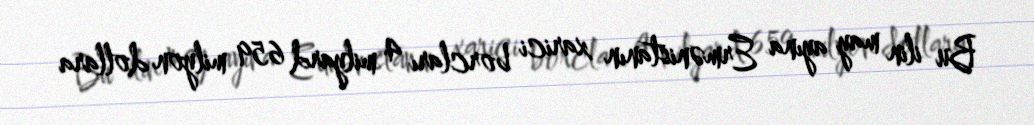
Bu ilin may ayına Ermənistanın xarici borcları 4 milyard 659 milyon dollara